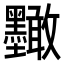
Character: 𭐑